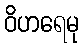
ဝိဟရေမု